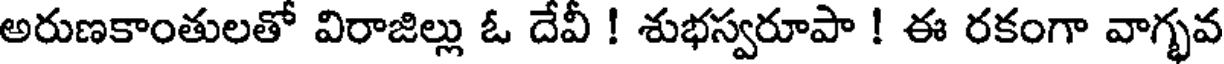
అరుణకాంతులతో విరాజిల్లు ఓ దేవీ ! శుభస్వరూపా ! ఈ రకంగా వాగ్భవ